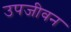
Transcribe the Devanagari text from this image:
उपजीवन